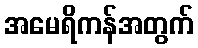
အမေရိကန်အတွက်